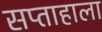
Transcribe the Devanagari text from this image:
सप्‍ताहाला